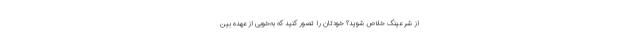
از شر عینک خلاص شوید؟ خودتان را تصور کنید که به‌خوبی از عهدهٔ بین